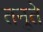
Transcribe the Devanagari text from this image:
तनुते